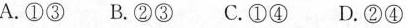
A.①③ B.②③ C.①④ D.②④